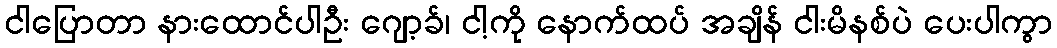
ငါပြောတာ နားထောင်ပါဦး ဂျော့ခ်၊ ငါ့ကို နောက်ထပ် အချိန် ငါးမိနစ်ပဲ ပေးပါကွာ